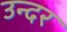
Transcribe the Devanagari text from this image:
उन्दर